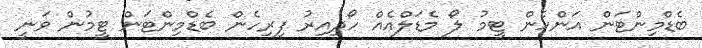
ބެޑްމިންޓަން އަންހެން ޓީމު ލޯ މެޑަލްއެއް ހޯދިއިރު ފިރިހެން ބެޑްމިންޓަން ޓީމުން ވަނީ